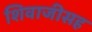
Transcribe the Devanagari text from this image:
शिवाजीसह